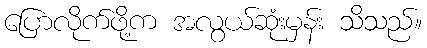
ပြောလိုက်ဖို့က အလွယ်ဆုံးမှန်း သိသည်။